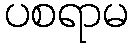
ပစရာမ